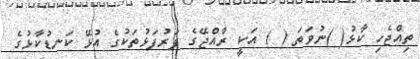
ތިއްޖެހި ކާޅު( )ނުވަތަ ( ) އަކީ ރާއްޖޭގެ ފަރުފަޅުތަކުގެ އުޅޭ ކަނޑުކާޅުގެ